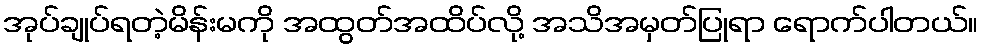
အုပ်ချုပ်ရတဲ့မိန်းမကို အထွတ်အထိပ်လို့ အသိအမှတ်ပြုရာ ရောက်ပါတယ်။